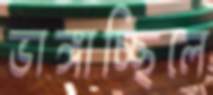
ভাঙ্গাচ্ছিলে